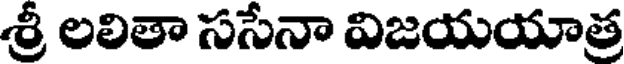
శ్రీ లలితా ససేనా విజయయాత్ర